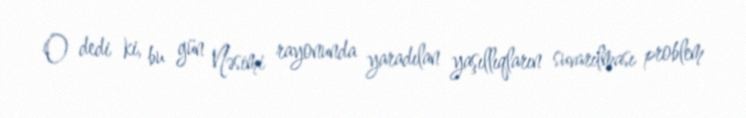
O dedi ki, bu gün Nəsimi rayonunda yaradılan yaşıllıqların suvarılması problem